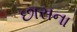
છાસના